Senior Leaving Certificate Examination (including Day School Certificate (Higher) General paper), 1946
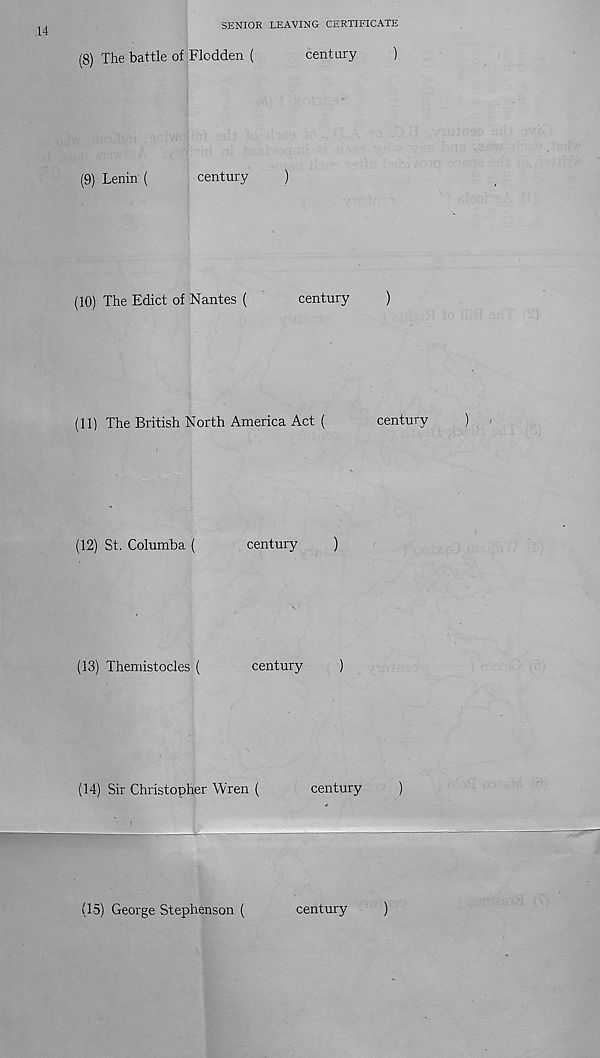
14
SENIOR LEAVING CERTIFICATE
(8)
The battle of Flcdden (
century
(9)
Lenin (
century
)
(10)
The Edict of Nantes (
century
(11)
The British North America Act (
(12)
St. Columba (
. century
)
(13)
Themistocles (
century
)
(14)
Sir Christopher Wren (
century
)
century
)
(15)
George Stephenson (
century
)